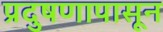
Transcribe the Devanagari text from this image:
प्रदुषणापासून